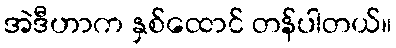
အဲဒီဟာက နှစ်ထောင် တန်ပါတယ်။